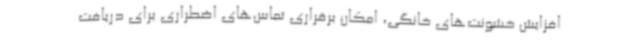
افزایش خشونت‌های خانگی، امکان برقراری تماس‌های اضطراری برای دریافت